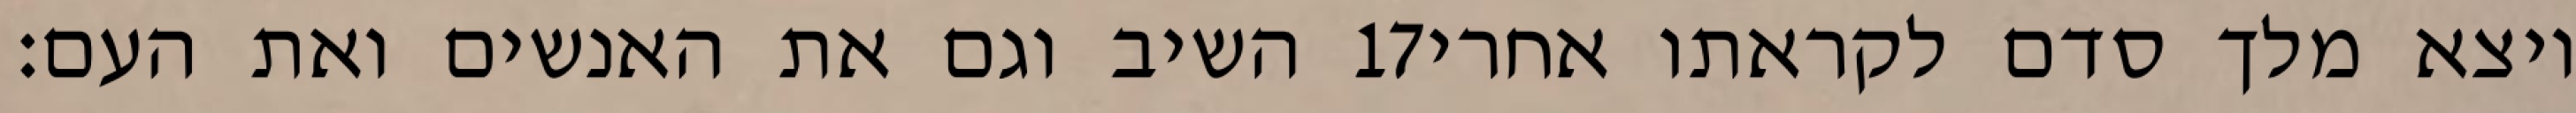
השיב וגם את האנשים ואת העם׃ ‎17‏ ויצא מלך סדם לקראתו אחרי